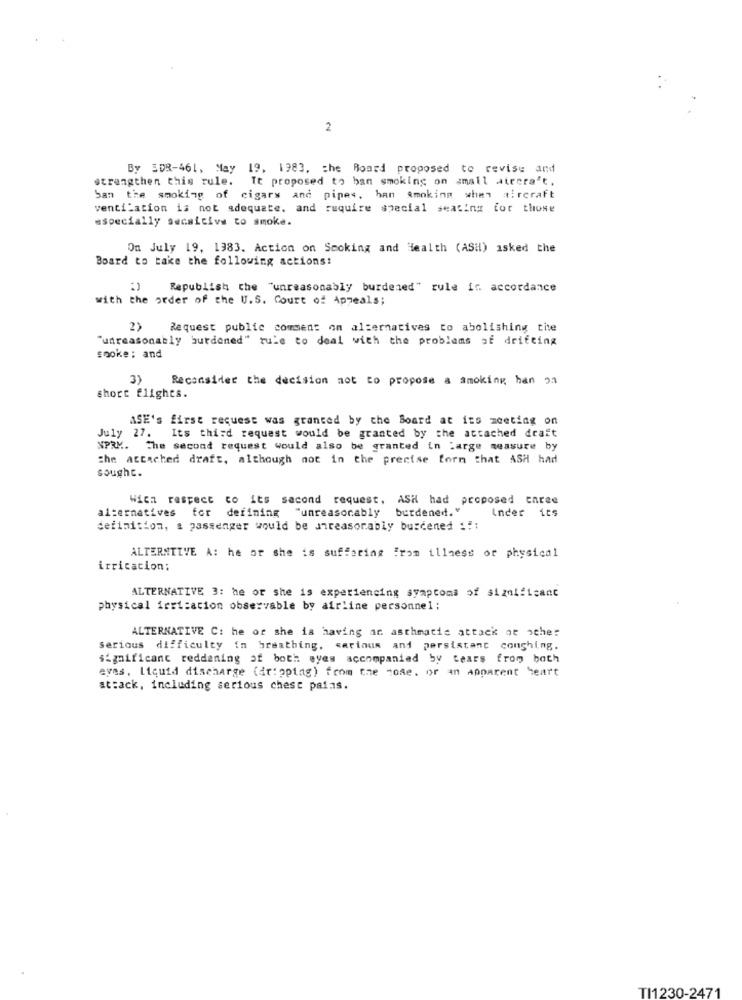
2
By 508-461, May 19. 1983, the Board proposed to revise and
It proposed to ban smoking on small aterra't.
strengthen this rule.
San the smoking of cigars and pipes. han Amoking when aircraft
ventilation is not adequate, and ruquire special seating for those
especially secaitive to smoke.
On July 19, 1983. Action on Smoking and Health (ASH) asked the
Board to take the following actions:
:) Republish the "unreasonably burdened" rule in accordance
with the order of the U.S. Court of Appeals;
2> Request public comment on alternatives to abolishing cite
"unreasonably burdened" rule to deal with the problems of drifting
sooke: and
3)
Reconsider the decision not to propose a smoking han 91
short flights.
ASE's first request was granted by the Board at its meeting on
July 27.
Its third request would be granted by the attached draft
NPRK. The second request would also be granted in Large measure by
the attached draft, although not in the precise forn that ASH had
sought.
Wich respect co its second request, ASH had proposed enree
alternatives for defining "unreasonably burdened."
Inder its
definition, a passenger would be unreasonably burdened :::
ALTERNTIVE A: he or she is suffering From illness or physical
irrication:
ALTERNATIVE 3: he or she is experiencing symptoms of significant
physical irritation observable by airline personnel;
ALTERNATIVE C: he or she is having an asthmacie attack or other
serious difficulty in breathing, carious and persistant coughing.
significant reddening af both eyes accompanied by tears from both
evas. Liquid discharge (dripping) from the cose. or an Apparent heart
at:ack, including serious chest pains.
TI1230-2471